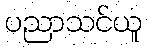
ပညာသင်ယူ